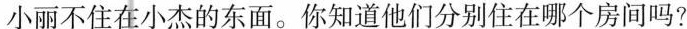
小丽不住在小杰的东面。你知道他们分别住在哪个房间吗?